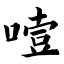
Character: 噎